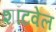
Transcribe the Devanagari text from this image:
शॉटवेल